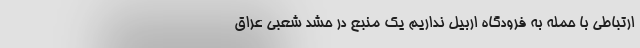
ارتباطی با حمله به فرودگاه اربیل نداریم یک منبع در حشد شعبی عراق